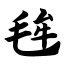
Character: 毪